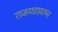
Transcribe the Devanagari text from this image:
राजगडावरुन